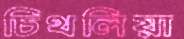
চিথলিয়া